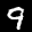
Label: 9